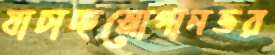
যাচাচ্ছস্লোগানভর